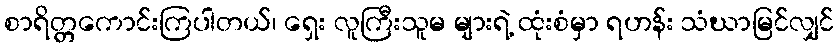
စာရိတ္တကောင်းကြပါတယ်၊ ရှေး လူကြီးသူမ များရဲ့ ထုံးစံမှာ ရဟန်း သံဃာမြင်လျှင်